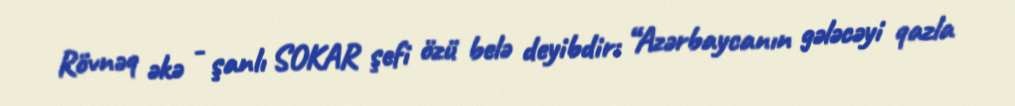
Rövnəq əkə - şanlı SOKAR şefi özü belə deyibdir: “Azərbaycanın gələcəyi qazla